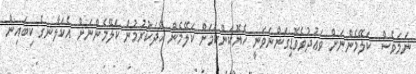
ނަމަވެސް  ކަލޭމެންނަށް ވަޢުދުވެވޮޑިގަންނަވަނީ ހެޔޮކަންކަމަށް ކަލޭމެން ހޭދަކުރުމުން ކަލޭމެންނަށް އެކަލާނގެ ކިބައިން